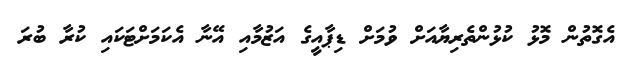
އެގޮތުން މޮޅު ކުޅުންތެރިޔާއަށް ވުމަށް ޑިޕާއީގެ އަޒުމާއި އޭނާ އެކަމަށްޓަކައި ކުރާ ބުރަ